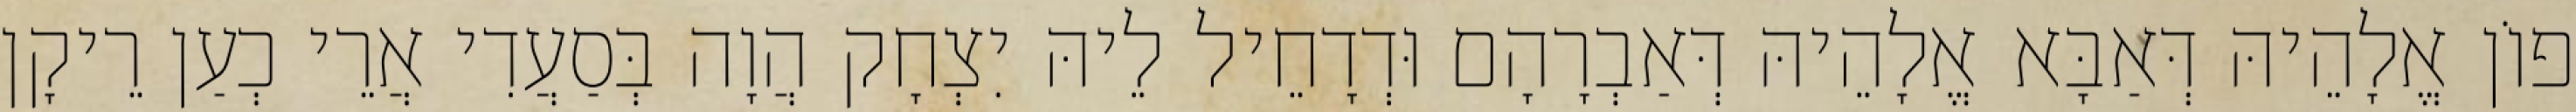
פוֹן אֱלָהֵיהּ דְּאַבָּא אֱלָהֵיהּ דְּאַבְרָהָם וּדְדָחֵיל לֵיהּ יִצְחָק הֲוָה בְּסַעֲדִי אֲרֵי כְעַן רֵיקָן